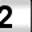
Digit: 2